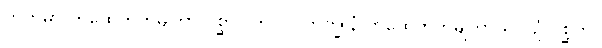
ကတမာ ကထေတုကမျတာ ပုစ္ဆာ? ဘဂဝါ ဘိက္ခူနံ ကထေတုကမျတာယ ပဉှံ ပုစ္ဆတိ။